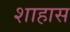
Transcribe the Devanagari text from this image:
शाहास